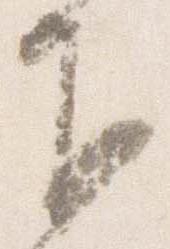
下